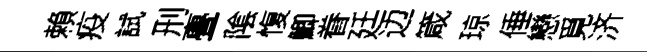
賴疫試刑亹隂愎鯽眷廷边箴琼倕戀覓济